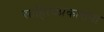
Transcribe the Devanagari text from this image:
साहित्यप्रकारांना